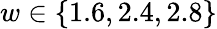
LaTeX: w\in\{ 1.6,2.4,2.8\}